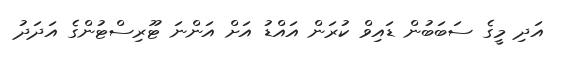
އަދި މީގެ ސަބަބުން ޑައިވް ކުރަން އައްޑު އަށް އަންނަ ޓޫރިސްޓުންގެ އަދަދު